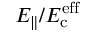
E _ { \| } / E _ { \mathrm { c } } ^ { \mathrm { e f f } }